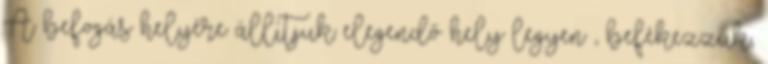
A befogás helyére állítjuk elegendő hely legyen , befékezzük,